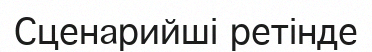
Сценарийші ретінде